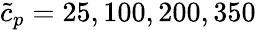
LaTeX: \tilde{c}_{p}=25,100,200,350